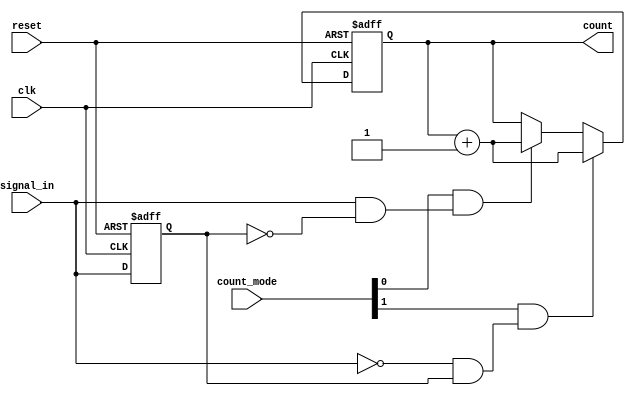
module edge_counter (
    input wire clk,               // Clock signal
    input wire reset,             // Asynchronous reset signal
    input wire signal_in,         // Input signal to monitor
    input wire [1:0] count_mode,  // Control signal for counting mode
    output reg [31:0] count       // 32-bit output for the count
);

    reg signal_in_prev;           // Previous state of signal_in

    // Edge detection logic
    always @(posedge clk or posedge reset) begin
        if (reset) begin
            count <= 32'b0;       // Reset count to zero
            signal_in_prev <= 1'b0; // Initialize previous signal state
        end else begin
            // Check for edges based on count_mode
            if (count_mode[0] && (signal_in && !signal_in_prev)) begin
                count <= count + 1; // Count rising edge
            end
            if (count_mode[1] && (!signal_in && signal_in_prev)) begin
                count <= count + 1; // Count falling edge
            end
            signal_in_prev <= signal_in; // Update previous signal state
        end
    end

endmodule